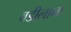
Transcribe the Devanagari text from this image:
वडीलाना